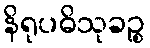
နိရုပဓိသုခဉ္စ